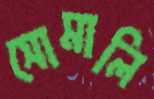
সোমালি